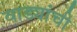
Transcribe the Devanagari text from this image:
वाड्यांची